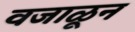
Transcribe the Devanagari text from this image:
वजाळून